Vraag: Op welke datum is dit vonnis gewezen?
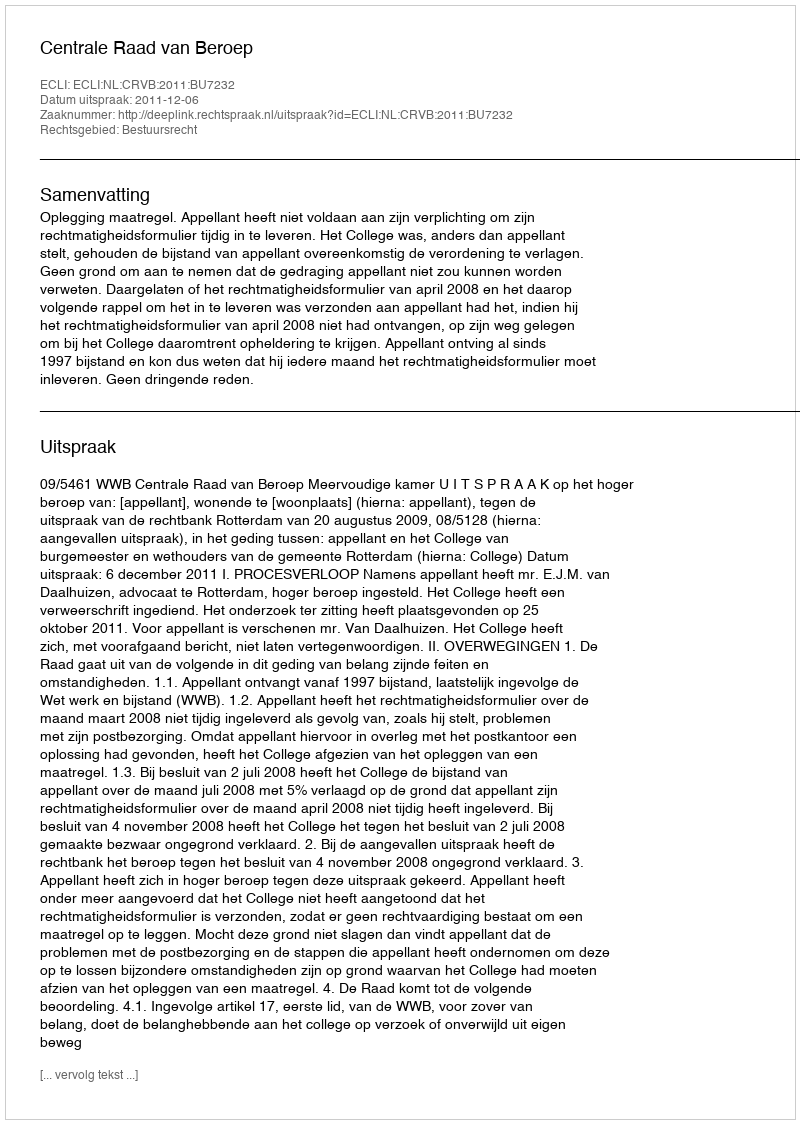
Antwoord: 2011-12-06